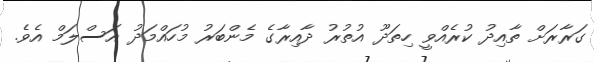
ގަރާރަށް ތާއިދު ކުރެއްވީ ހިތަދޫ އުތުރު ދާއިރާގެ މެންބަރު މުހައްމަދު އަސްލަމް އެވެ.